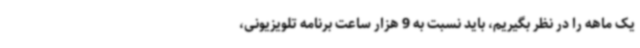
یک ماهه را در نظر بگیریم، باید نسبت به 9 هزار ساعت‌ برنامه تلویزیونی،